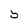
Character: 5